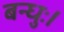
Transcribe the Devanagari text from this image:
बन्धुः।